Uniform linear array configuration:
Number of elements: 8
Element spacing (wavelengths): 1
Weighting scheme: hann
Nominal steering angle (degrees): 30
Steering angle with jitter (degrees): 29.847
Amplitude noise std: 0.05
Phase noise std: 0.05

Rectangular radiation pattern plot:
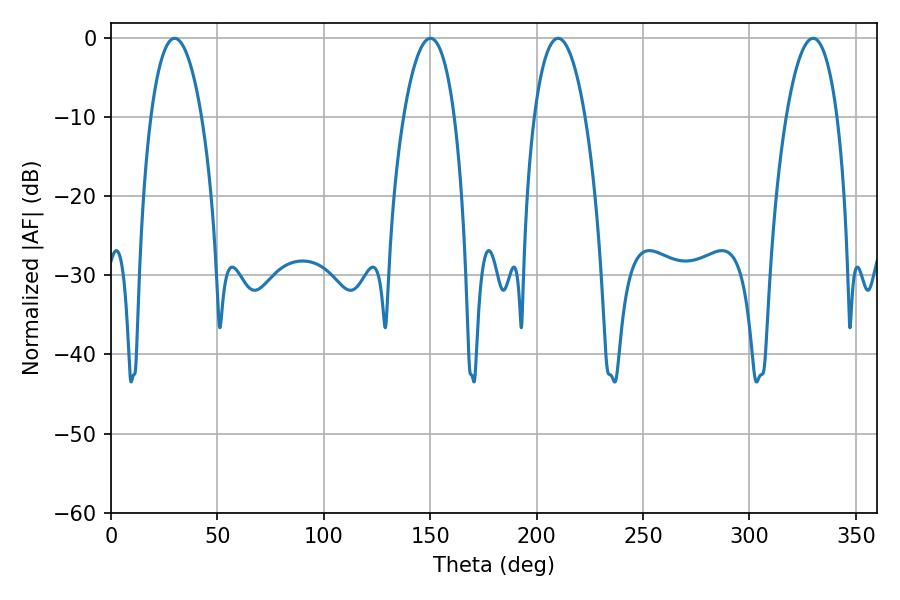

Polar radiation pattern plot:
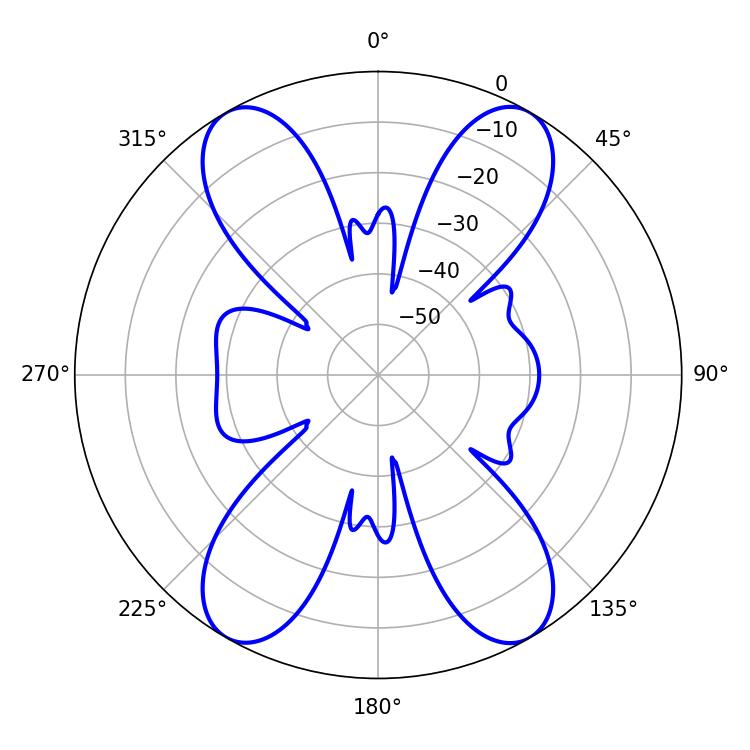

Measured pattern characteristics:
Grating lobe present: TRUE
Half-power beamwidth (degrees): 13.5
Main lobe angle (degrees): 210.06